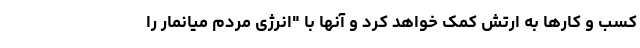
کسب و کارها به ارتش کمک خواهد کرد و آنها با "انرژی مردم میانمار را